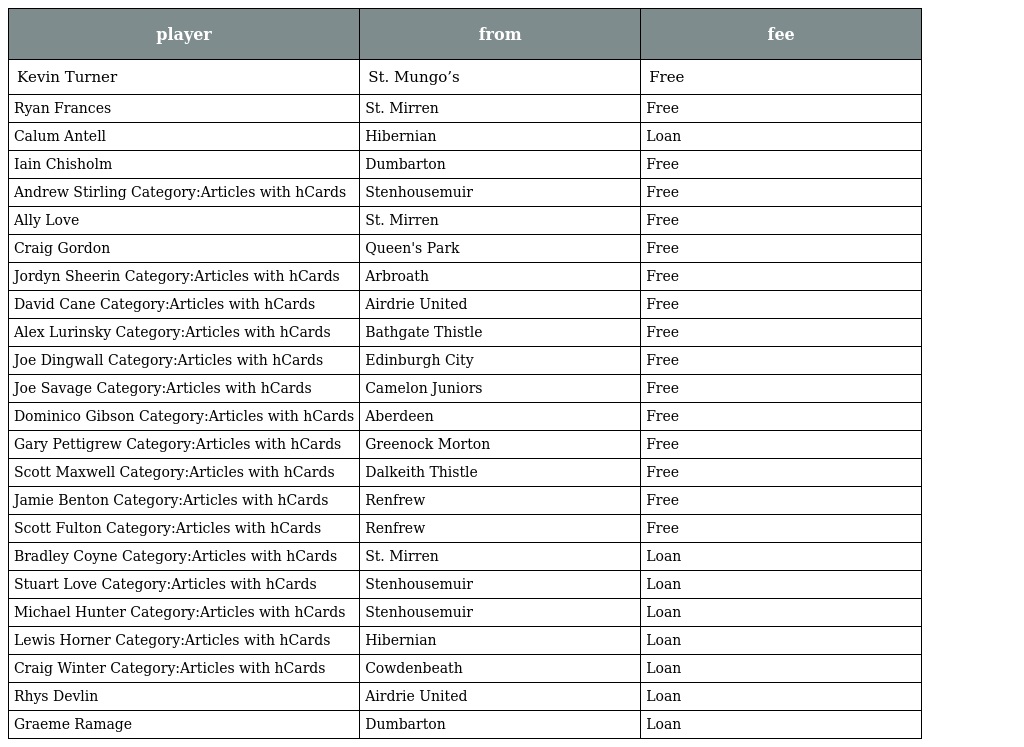
| player | from | fee |
 | --- | --- | --- |
 | Kevin Turner | St. Mungo’s | Free |
 | Ryan Frances | St. Mirren | Free |
 | Calum Antell | Hibernian | Loan |
 | Iain Chisholm | Dumbarton | Free |
 | Andrew Stirling Category:Articles with hCards | Stenhousemuir | Free |
 | Ally Love | St. Mirren | Free |
 | Craig Gordon | Queen's Park | Free |
 | Jordyn Sheerin Category:Articles with hCards | Arbroath | Free |
 | David Cane Category:Articles with hCards | Airdrie United | Free |
 | Alex Lurinsky Category:Articles with hCards | Bathgate Thistle | Free |
 | Joe Dingwall Category:Articles with hCards | Edinburgh City | Free |
 | Joe Savage Category:Articles with hCards | Camelon Juniors | Free |
 | Dominico Gibson Category:Articles with hCards | Aberdeen | Free |
 | Gary Pettigrew Category:Articles with hCards | Greenock Morton | Free |
 | Scott Maxwell Category:Articles with hCards | Dalkeith Thistle | Free |
 | Jamie Benton Category:Articles with hCards | Renfrew | Free |
 | Scott Fulton Category:Articles with hCards | Renfrew | Free |
 | Bradley Coyne Category:Articles with hCards | St. Mirren | Loan |
 | Stuart Love Category:Articles with hCards | Stenhousemuir | Loan |
 | Michael Hunter Category:Articles with hCards | Stenhousemuir | Loan |
 | Lewis Horner Category:Articles with hCards | Hibernian | Loan |
 | Craig Winter Category:Articles with hCards | Cowdenbeath | Loan |
 | Rhys Devlin | Airdrie United | Loan |
 | Graeme Ramage | Dumbarton | Loan |